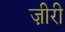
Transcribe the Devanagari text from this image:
ज़ीरी